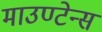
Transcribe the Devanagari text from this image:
माउण्टेन्स